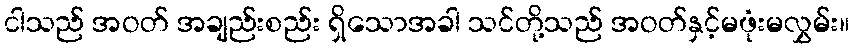
ငါသည် အဝတ် အချည်းစည်း ရှိသောအခါ သင်တို့သည် အဝတ်နှင့်မဖုံးမလွှမ်း။